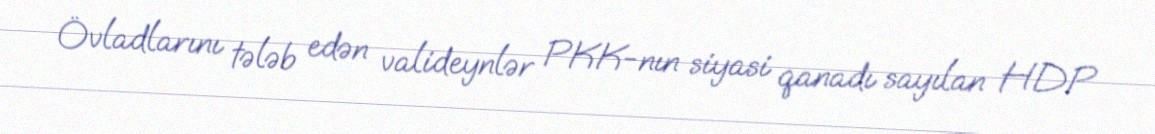
Övladlarını tələb edən valideynlər PKK-nın siyasi qanadı sayılan HDP